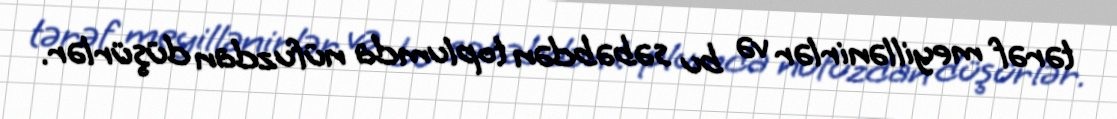
tərəf meyillənirlər və bu səbəbdən toplumda nüfuzdan düşürlər.